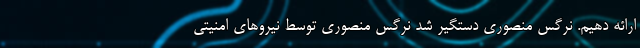
ارائه دهیم. نرگس منصوری دستگیر شد نرگس منصوری توسط نیروهای امنیتی